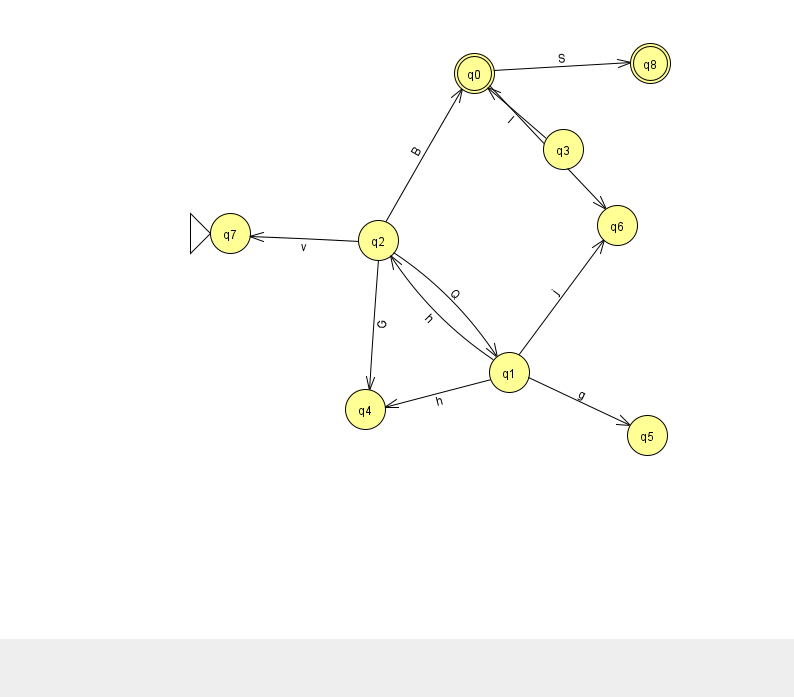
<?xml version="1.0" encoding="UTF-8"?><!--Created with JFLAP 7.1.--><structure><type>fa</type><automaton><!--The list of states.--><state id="0" name="q0"><x>474.0</x><y>60.0</y><final/></state><state id="1" name="q1"><x>509.0</x><y>359.0</y></state><state id="2" name="q2"><x>378.0</x><y>227.0</y></state><state id="3" name="q3"><x>563.0</x><y>136.0</y></state><state id="4" name="q4"><x>365.0</x><y>396.0</y></state><state id="5" name="q5"><x>647.0</x><y>422.0</y></state><state id="6" name="q6"><x>617.0</x><y>212.0</y></state><state id="7" name="q7"><x>230.0</x><y>220.0</y><initial/></state><state id="8" name="q8"><x>650.0</x><y>50.0</y><final/></state><!--The list of transitions.--><transition><from>0</from><to>8</to><read>S</read></transition><transition><from>2</from><to>4</to><read>G</read></transition><transition><from>3</from><to>0</to><read>I</read></transition><transition><from>2</from><to>1</to><read>Q</read></transition><transition><from>2</from><to>0</to><read>B</read></transition><transition><from>2</from><to>7</to><read>v</read></transition><transition><from>0</from><to>6</to><read>L</read></transition><transition><from>1</from><to>4</to><read>h</read></transition><transition><from>1</from><to>6</to><read>j</read></transition><transition><from>1</from><to>5</to><read>g</read></transition><transition><from>1</from><to>2</to><read>h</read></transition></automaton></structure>